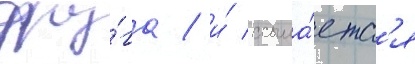
дру́га / и́ ссыла́етс'я